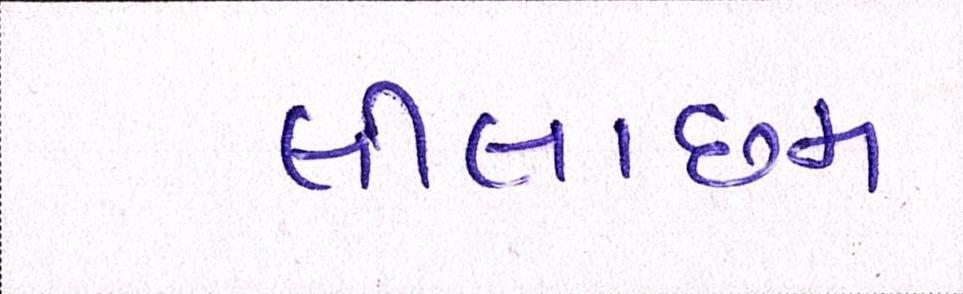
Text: લીલાછમ